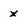
Character: x